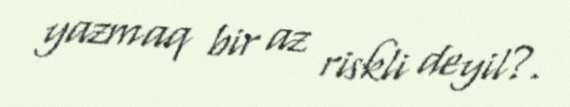
yazmaq bir az riskli deyil?.